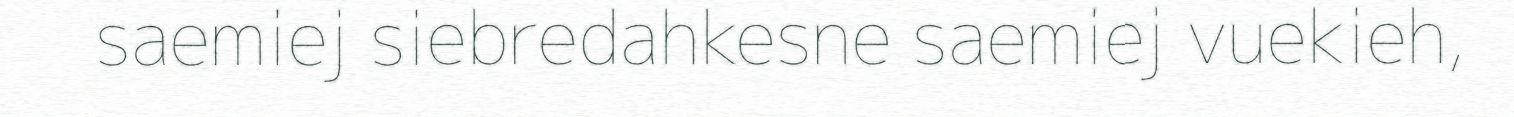
saemiej siebredahkesne saemiej vuekieh,